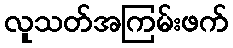
လူသတ်အကြမ်းဖက်